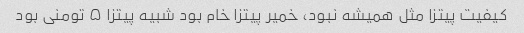
کیفیت پیتزا مثل همیشه نبود، خمیر پیتزا خام بود شبیه پیتزا ۵ تومنی بود